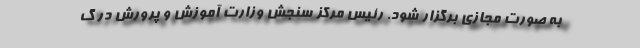
به صورت مجازی برگزار شود. رئیس مرکز سنجش وزارت آموزش و پرورش در گ